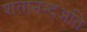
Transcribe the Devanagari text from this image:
शतानन्दअति